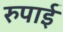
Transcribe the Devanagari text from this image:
रुपाई